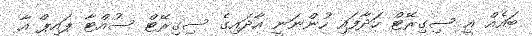
ބައެއް އީ ސިގިރޭޓް ހަދާފައި ހުންނަނީ އާދައިގެ ސިގިރޭޓް ސުއްޓާ ޕައިޕް އާ